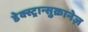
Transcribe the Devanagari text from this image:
डेक्स्ट्रान्सुक्रानेज़